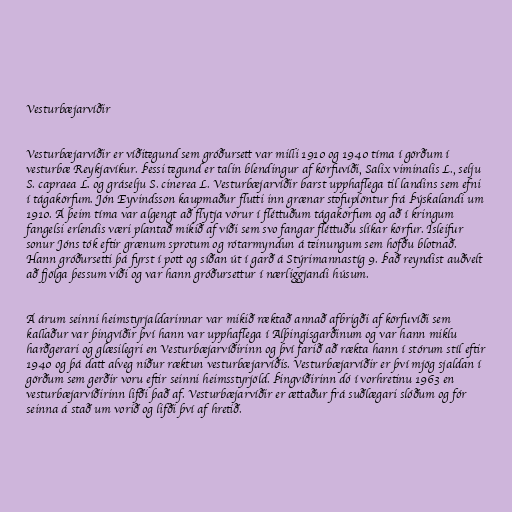
Vesturbæjarvíðir

Vesturbæjarvíðir er víðitegund sem gróðursett var milli 1910 og 1940 tíma í görðum í
vesturbæ Reykjavíkur. Þessi tegund er talin blendingur af körfuvíði, Salix viminalis L., selju
S. capraea L. og gráselju S. cinerea L. Vesturbæjarvíðir barst upphaflega til landins sem efni
í tágakörfum. Jón Eyvindsson kaupmaður flutti inn grænar stofuplöntur frá Þýskalandi um
1910. Á þeim tíma var algengt að flytja vörur í fléttuðum tágakörfum og að í kringum
fangelsi erlendis væri plantað mikið af víði sem svo fangar fléttuðu slíkar körfur. Ísleifur
sonur Jóns tók eftir grænum sprotum og rótarmyndun á teinungum sem höfðu blotnað.
Hann gróðursetti þá fyrst í pott og síðan út í garð á Stýrimannastíg 9. Það reyndist auðvelt
að fjölga þessum víði og var hann gróðursettur í nærliggjandi húsum.

Á árum seinni heimstyrjaldarinnar var mikið ræktað annað afbrigði af körfuvíði sem
kallaður var þingvíðir því hann var upphaflega í Alþingisgarðinum og var hann miklu
harðgerari og glæsilegri en Vesturbæjarvíðirinn og því farið að rækta hann í stórum stíl eftir
1940 og þá datt alveg niður ræktun vesturbæjarvíðis. Vesturbæjarvíðir er því mjög sjaldan í
görðum sem gerðir voru eftir seinni heimsstyrjöld. Þingvíðirinn dó í vorhretinu 1963 en
vesturbæjarvíðirinn lifði það af. Vesturbæjarvíðir er ættaður frá suðlægari slóðum og fór
seinna á stað um vorið og lifði því af hretið.